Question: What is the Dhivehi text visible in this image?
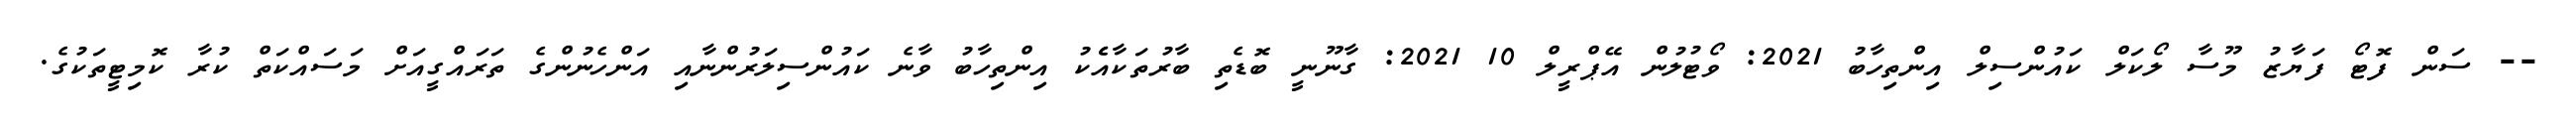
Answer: -- ސަން ފޮޓޯ ފަޔާޒު މޫސާ ލޯކަލް ކައުންސިލް އިންތިހާބު 2021: ވޯޓުލުން އޭޕްރީލް 10 2021: ގާނޫނީ ބޮޑެތި ބާރުތަކާއެެކު އިންތިހާބު ވާނެ ކައުންސިލަރުންނާއި އަންހެނުންގެ ތަރައްގީއަށް މަސައްކަތް ކުރާ ކޮމިޓީތަކުގެ.